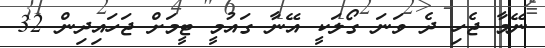
ނޭމާ ޖެހި ދެ ވަނަ ގޯލަކީ އޭނާ ގައުމީ ޓީމަށް ޖަހައިދިން 32